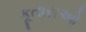
કૂતારાઓ